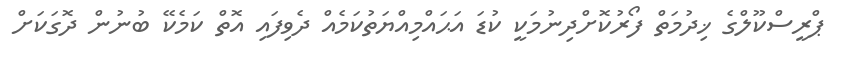
ޕްރީސްކޫލްގެ ޚިދުމަތް ފޯރުކޮށްދިނުމަކީ ކުޑަ އަޙައްމިއްޔަތުކަމެއް ދެވިފައި އޮތް ކަމެކޭ ބުނުން ދޮގަކަށް